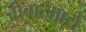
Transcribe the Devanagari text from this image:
जीवात्मायें